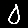
Digit: 0